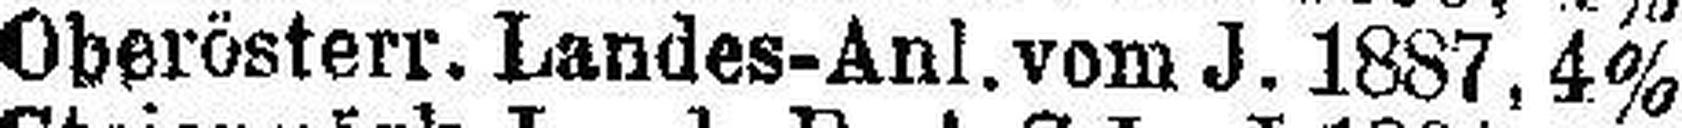
Oberösterr. Landes-Anl. vom J. 1887, 4%